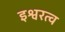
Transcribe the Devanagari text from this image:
इश्वरत्व